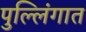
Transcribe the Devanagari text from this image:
पुल्लिंगात